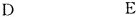
D E